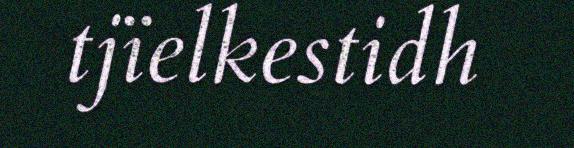
tjïelkestidh